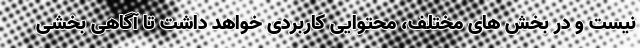
نیست و در بخش های مختلف، محتوایی کاربردی خواهد داشت تا آگاهی بخشی